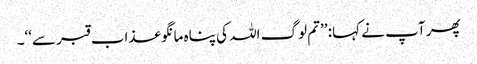
پھر آپ نے کہا: ’’تم لوگ اللہ کی پناہ مانگو عذاب قبر سے‘‘۔